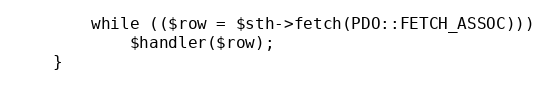
Language: PHP
		while (($row = $sth->fetch(PDO::FETCH_ASSOC)))
			$handler($row);
	}